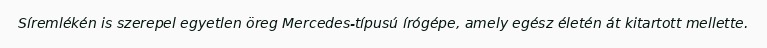
Síremlékén is szerepel egyetlen öreg Mercedes-típusú írógépe, amely egész életén át kitartott mellette.